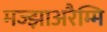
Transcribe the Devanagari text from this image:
मज्झाअरैम्मि